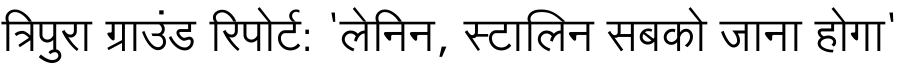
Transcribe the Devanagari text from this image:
त्रिपुरा ग्राउंड रिपोर्ट: 'लेनिन, स्टालिन सबको जाना होगा'